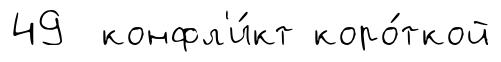
49 конфл'и́кт коро́ткой